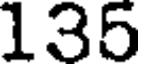
135